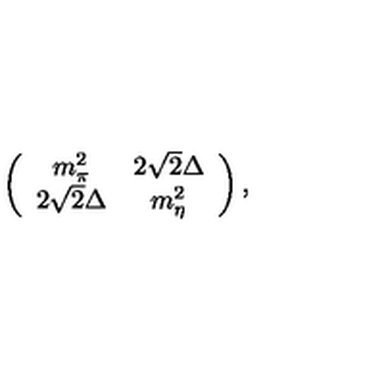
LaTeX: \left( \begin{array} { c c } { m _ { \pi } ^ { 2 } } & { 2 \sqrt { 2 } \Delta } \\ { 2 \sqrt { 2 } \Delta } & { m _ { \eta } ^ { 2 } } \\ \end{array} \right) ,